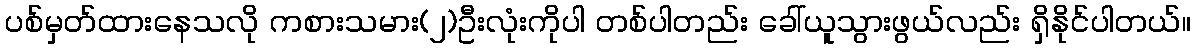
ပစ်မှတ်ထားနေသလို ကစားသမား(၂)ဦးလုံးကိုပါ တစ်ပါတည်း ခေါ်ယူသွားဖွယ်လည်း ရှိနိုင်ပါတယ်။